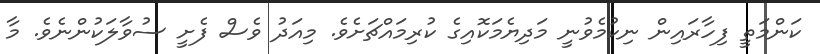
ކަންމަތީ ފިހާރައިން ނިކުމެވުނީ މަދިޔެމަކޮއިގެ ކުރިމައްޗަށެވެ. މިއަދު ވެސް ފެށީ ސުވާލަކުންނެވެ. މާ